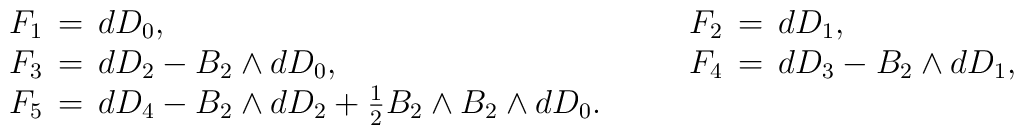
\begin{array}{lcl}F_1\,=\,dD_0, & \quad &  F_2\,=\,dD_1, \\F_3\,=\,dD_2- B_2\wedge dD_0, & &                  F_4\,=\,dD_3- B_2\wedge dD_1,\\F_5\,=\,dD_4- B_2\wedge dD_2      +{1\over 2} B_2\wedge B_2\wedge dD_0. & & ~\end{array}